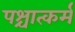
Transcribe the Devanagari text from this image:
पश्चात्कर्म